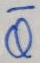
Text: Q